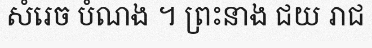
សំរេច បំណង ។ ព្រះនាង ជយ រាជ